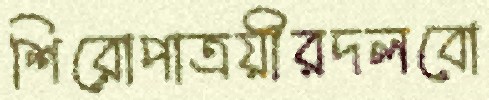
শিরোপাত্রয়ীরদলবো